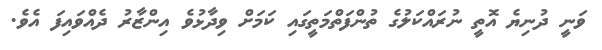
ވަނީ ދުނިޔެ އޮތީ ނުރައްކަލުގެ ތުންފަތްމަތީގައި ކަމަށް ވިދާޅުވެ އިންޒާރު ދެއްވައިފަ އެވެ.